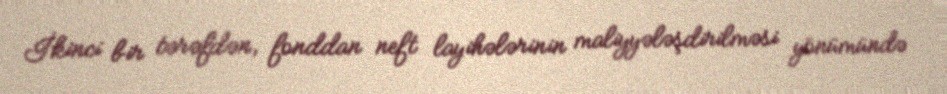
İkinci bir tərəfdən, fonddan neft layihələrinin maliyyələşdirilməsi yönümündə